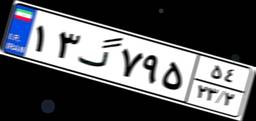
۱۳گ۷۹۵۵۴